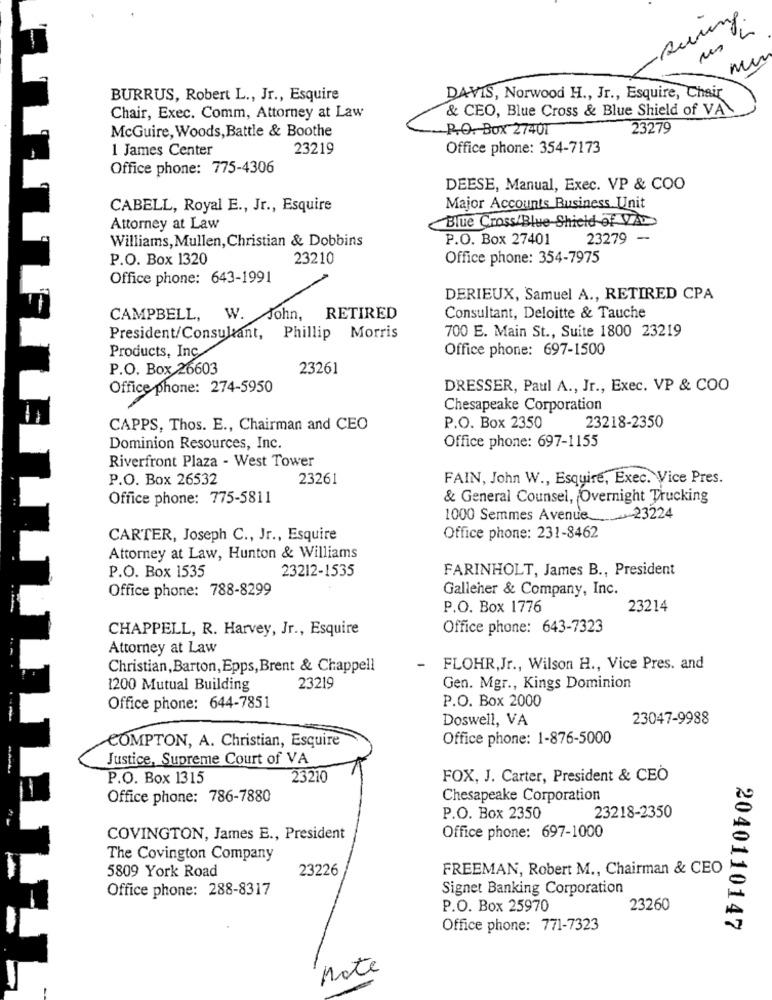
-suring.
BURRUS, Robert L ., Jr ., Esquire
DAVIS, Norwood H ., Jr ., Esquire, Chair
& CEO, Blue Cross & Blue Shield of VA
Chair, Exec. Comm, Attorney at Law
McGuire, Woods, Battle & Boothe
R.O. Box 27401
23279
1 James Center
23219
Office phone: 354-7173
Office phone: 775-4306
DEESE, Manual, Exec. VP & COO
CABELL, Royal E ., Jr ., Esquire
Major Accounts Business Unit
Blue Cross/Blue Shield of VAD
Attorney at Law
Williams, Mullen, Christian & Dobbins
P.O. Box 27401
23279
P.O. Box 1320
23210
Office phone: 354-7975
Office phone: 643-1991
DERIEUX, Samuel A ., RETIRED CPA
CAMPBELL, W.
John,
RETIRED
Consultant, Deloitte & Tauche
700 E. Main St ., Suite 1800 23219
President/Consultant, Phillip
Morris
Products, Inc
Office phone: 697-1500
P.O. Box 26603
23261
Office phone: 274-5950
DRESSER, Paul A ., Jr ., Exec. VP & COO
Chesapeake Corporation
CAPPS, Thos. E ., Chairman and CEO
P.O. Box 2350
23218-2350
Dominion Resources, Inc.
Office phone: 697-1155
Riverfront Plaza - West Tower
P.O. Box 26532
23261
FAIN, John W ., Esquire, Exec. Vice Pres.
Office phone: 775-5811
& General Counsel, Overnight Trucking
23224
1000 Semmes Avenue __
CARTER, Joseph C ., Jr ., Esquire
Office phone: 231-8462
Attorney at Law, Hunton & Williams
P.O. Box 1535
23212-1535
FARINHOLT, James B ., President
Office phone: 788-8299
Galleher & Company, Inc.
P.O. Box 1776
23214
CHAPPELL, R. Harvey, Jr ., Esquire
Office phone: 643-7323
Attorney at Law
Christian,Barton,Epps,Brent & Chappell
-
FLOHR,Jr ., Wilson H ., Vice Pres. and
1200 Mutual Building
23219
Gen. Mgr ., Kings Dominion
P.O. Box 2000
Office phone: 644-7851
Doswell, VA
23047-9988
Office phone: 1-876-5000
COMPTON, A. Christian, Esquire
Justice, Supreme Court of VA
P.O. Box 1315
23210
FOX, J. Carter, President & CEO
Office phone: 786-7880
Chesapeake Corporation
23218-2350
P.O. Box 2350
COVINGTON, James E ., President
Office phone: 697-1000
The Covington Company
5809 York Road
23226
FREEMAN, Robert M ., Chairman & CEO
Office phone: 288-8317
Signet Banking Corporation
P.O. Box 25970
23260
Office phone: 771-7323
2040110147
Note